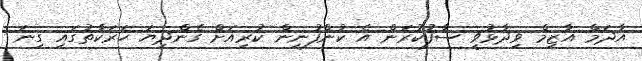
އާދަމް އާޒިމް ވިދާޅުވީ ސާފުކުރަން އެ ކުންފުނިން ކުރިއަށް ގެންދިޔަ ހަރަކާތުގައި ގިނަ